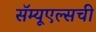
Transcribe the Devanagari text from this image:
सॅम्यूएल्सची